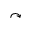
\curvearrowright